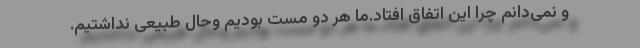
و نمی‌دانم چرا این اتفاق افتاد.ما هر دو مست بودیم وحال طبیعی نداشتیم.